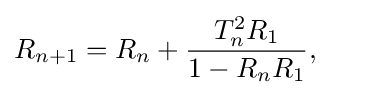
R_{n+1}=R_{n}+{\frac {T_{n}^{2}R_{1}}{1-R_{n}R_{1}}},\qquad